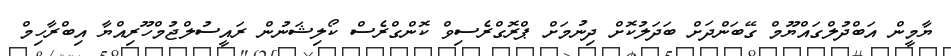
ޔާމީން އަބްދުލްގައްޔޫމް ގޭބަންދަށް ބަދަލުކޮށް ދިނުމަށް ޕްރޮގްރެސިވް ކޮންގްރެސް ކޯލިޝަނުން ރައީސުލްޖުމްހޫރިއްޔާ އިބްރާހިމް